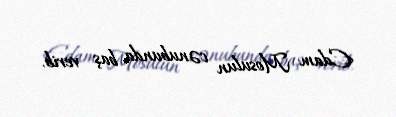
Edam Mosulun cənubunda baş verib.